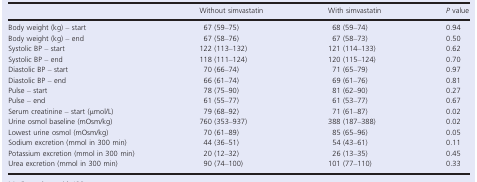
<table><thead><tr><td></td><td><b>Without simvastatin</b></td><td><b>With simvastatin</b></td><td><b><i>P</i> value</b></td></tr></thead><tbody><tr><td>Body weight (kg) – start</td><td>67 (59–75)</td><td>68 (59–74)</td><td>0.94</td></tr><tr><td>Body weight (kg) – end</td><td>67 (58–76)</td><td>67 (58–73)</td><td>0.50</td></tr><tr><td>Systolic BP – start</td><td>122 (113–132)</td><td>121 (114–133)</td><td>0.62</td></tr><tr><td>Systolic BP – end</td><td>118 (111–124)</td><td>120 (115–124)</td><td>0.70</td></tr><tr><td>Diastolic BP – start</td><td>70 (66–74)</td><td>71 (65–79)</td><td>0.97</td></tr><tr><td>Diastolic BP – end</td><td>66 (61–74)</td><td>69 (61–76)</td><td>0.81</td></tr><tr><td>Pulse – start</td><td>78 (75–90)</td><td>81 (62–90)</td><td>0.27</td></tr><tr><td>Pulse – end</td><td>61 (55–77)</td><td>61 (53–77)</td><td>0.67</td></tr><tr><td>Serum creatinine – start (μmol/L)</td><td>79 (68–92)</td><td>71 (61–87)</td><td>0.02</td></tr><tr><td>Urine osmol baseline (mOsm/kg)</td><td>760 (353–937)</td><td>388 (187–388)</td><td>0.02</td></tr><tr><td>Lowest urine osmol (mOsm/kg)</td><td>70 (61–89)</td><td>85 (65–96)</td><td>0.05</td></tr><tr><td>Sodium excretion (mmol in 300 min)</td><td>44 (36–51)</td><td>54 (43–61)</td><td>0.11</td></tr><tr><td>Potassium excretion (mmol in 300 min)</td><td>20 (12–32)</td><td>26 (13–35)</td><td>0.45</td></tr><tr><td>Urea excretion (mmol in 300 min)</td><td>90 (74–100)</td><td>101 (77–110)</td><td>0.33</td></tr></tbody></table>